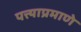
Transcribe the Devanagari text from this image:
पत्त्याप्रमाणे